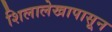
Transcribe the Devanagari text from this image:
शिलालेखापासून